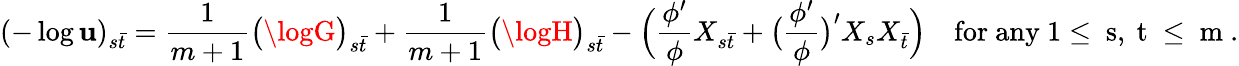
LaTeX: (-\log\mathbf{u})_{s\bar{{t}}}=\frac{{1}}{{m+1}}\bigl(\logG\bigr)_{s\bar{{t}}}+\frac{{1}}{{m+1}}\bigl(\logH\bigr)_{s\bar{{t}}}-\Bigl(\frac{{\phi^{\prime}}}{{\phi}}X_{s\bar{{t}}}+\bigl(\frac{{\phi^{\prime}}}{{\phi}}\bigr)^{\prime}X_{s}X_{\bar{{t}}}\Bigr)\quad\mathrm{{for~any~1\leq~s,~t~\leq~m~}}.